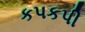
કપકપી